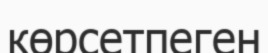
көрсетпеген